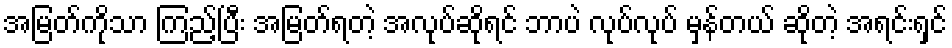
အမြတ်ကိုသာ ကြည့်ပြီး အမြတ်ရတဲ့ အလုပ်ဆိုရင် ဘာပဲ လုပ်လုပ် မှန်တယ် ဆိုတဲ့ အရင်းရှင်